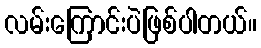
လမ်းကြောင်းပဲဖြစ်ပါတယ်။